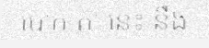
បោក តា នេះ នឹង